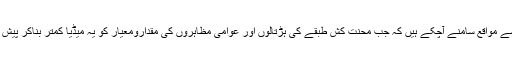
کتنے ہی ایسے مواقع سامنے آچکے ہیں کہ جب محنت کش طبقے کی ہڑتالوں اور عوامی مظاہروں کی مقدارومعیار کو یہ میڈیا کمتر بناکر پیش کرتا آیاہے ۔